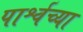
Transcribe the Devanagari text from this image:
पार्श्वच्या